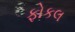
ફોકલ